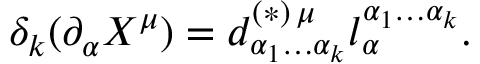
\delta _ { k } ( \partial _ { \alpha } X ^ { \mu } ) = d _ { \alpha _ { 1 } \ldots \alpha _ { k } } ^ { ( \ast ) \, \mu } l _ { \alpha } ^ { \alpha _ { 1 } \ldots \alpha _ { k } } .